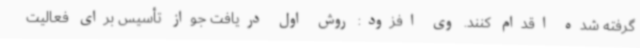
گرفته شده اقدام کنند. وی افزود: روش اول دریافت جواز تأسیس برای فعالیت